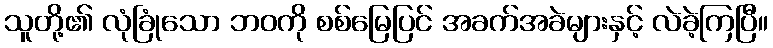
သူတို့၏ လုံခြုံသော ဘဝကို စစ်မြေပြင် အခက်အခဲများနှင့် လဲခဲ့ကြပြီ။